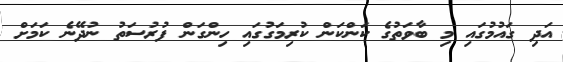
އަދި ގައުމުގައި މި ބާވަތުގެ ކަންކަން ކުރިމަގުގައި ހިންގަން ފުރުސަތު ނުދޭނެ ކަމަށް